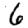
Digit: 6